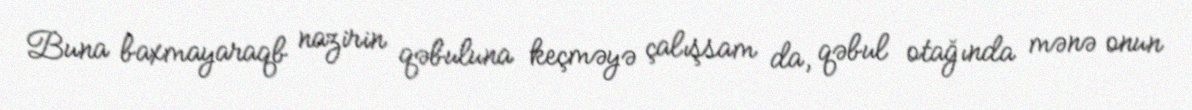
Buna baxmayaraqb nazirin qəbuluna keçməyə çalışsam da, qəbul otağında mənə onun